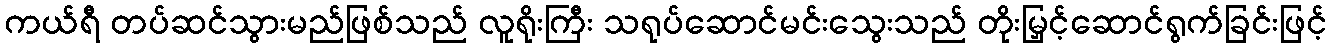
ကယ်ရီ တပ်ဆင်သွားမည်ဖြစ်သည် လူရိုးကြီး သရုပ်ဆောင်မင်းသွေးသည် တိုးမြှင့်ဆောင်ရွက်ခြင်းဖြင့်